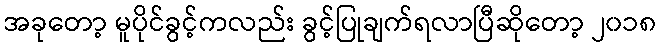
အခုတော့ မူပိုင်ခွင့်ကလည်း ခွင့်ပြုချက်ရလာပြီဆိုတော့ ၂၀၁၈